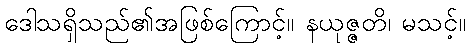
ဒေါသရှိသည်၏အဖြစ်ကြောင့်။ နယုဇ္ဇတိ၊ မသင့်။